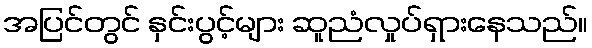
အပြင်တွင် နှင်းပွင့်များ ဆူညံလှုပ်ရှားနေသည်။